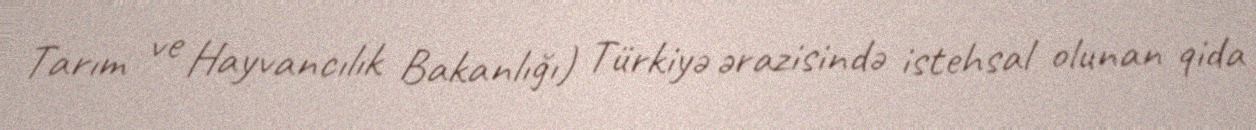
Tarım ve Hayvancılık Bakanlığı) Türkiyə ərazisində istehsal olunan qida